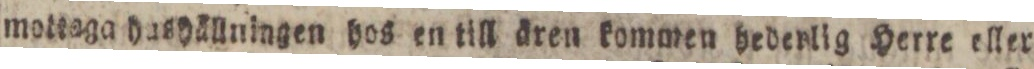
mottaga hashällningen hos en till ären kommen hedenlig Herre eller